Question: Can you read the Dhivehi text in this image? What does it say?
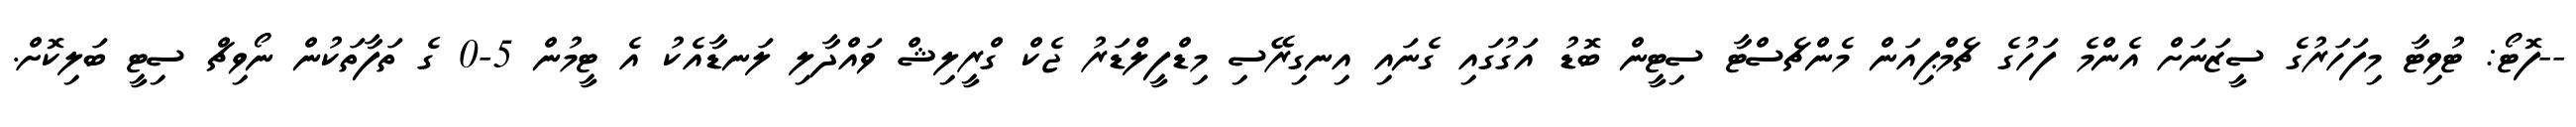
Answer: --ފޮޓޯ: ޓުވިޓާ މިފަހަރުގެ ސީޒަނަށް އެންމެ ފަހުގެ ޗެމްޕިއަން މެންޗެސްޓާ ސިޓީން ބޮޑު އަގުގައި ގެނައި އިނގިރޭސި މިޑްފީލްޑަރު ޖެކް ގްރީލިޝް ވައްދާލި ލަނޑާއެކު އެ ޓީމުން 5-0 ގެ ތަފާތަކުން ނޯވިޗް ސިޓީ ބަލިކޮށް.